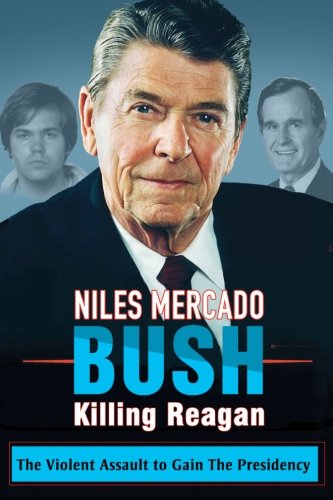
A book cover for Bush Killing Reagan: The Violent Assault to Gain The Presidency; Niles Mercado; Biographies & Memoirs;